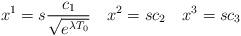
LaTeX: \begin{align*}x^1=s\frac{c_1}{\sqrt{e^{\lambda T_0}}}\ \ \ x^2=sc_2 \ \ \ x^3=sc_3\end{align*}